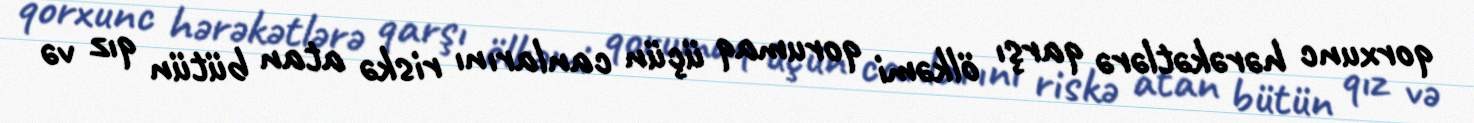
qorxunc hərəkətlərə qarşı ölkəmi qorumaq üçün canlarını riskə atan bütün qız və